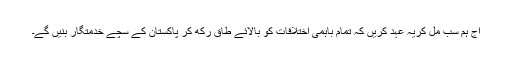
آج ہم سب مل کریہ عہد کریں کہ تمام باہمی اختلافات کو بالائے طاق رکھ کر پاکستان کے سچے خدمتگار بنیں گے۔